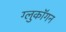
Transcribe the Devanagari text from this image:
ग्लुकॉगन